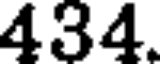
434.